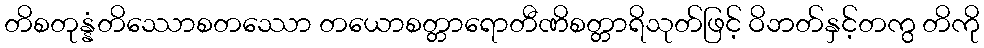
တိစတုန္နံတိဿောစတဿော တယောစတ္တာရောတီဏိစတ္တာရိသုတ်ဖြင့် ဝိဘတ်နှင့်တကွ တိကို